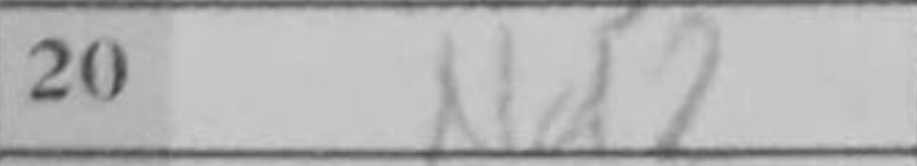
Transcription: Nd2